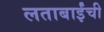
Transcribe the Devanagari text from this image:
लताबाईंची